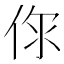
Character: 𠉎